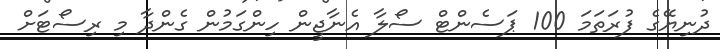
ދުނިޔޭގެ ފުރަތަމަ 100 ޕަސެންޓް ސޯލާ އެނާޖީން ހިންގަމުން ގެންދާ މި ރިސޯޓަށް